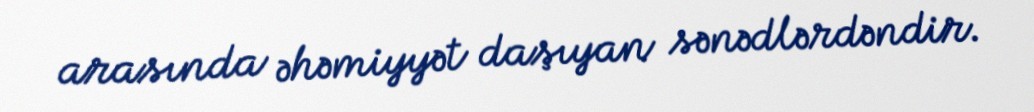
arasında əhəmiyyət daşıyan sənədlərdəndir.